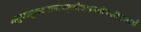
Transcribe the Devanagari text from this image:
अमुकामुकव्रतानामकृतोद्यापनदोषपरिहारार्थ